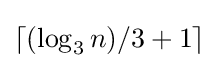
\lceil (\log _{3}{n})/3+1\rceil